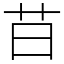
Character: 䒤